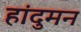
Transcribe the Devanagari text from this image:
हांदुमन